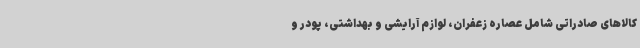
کالاهای صادراتی شامل عصاره زعفران، لوازم آرایشی و بهداشتی، پودر و